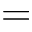
=